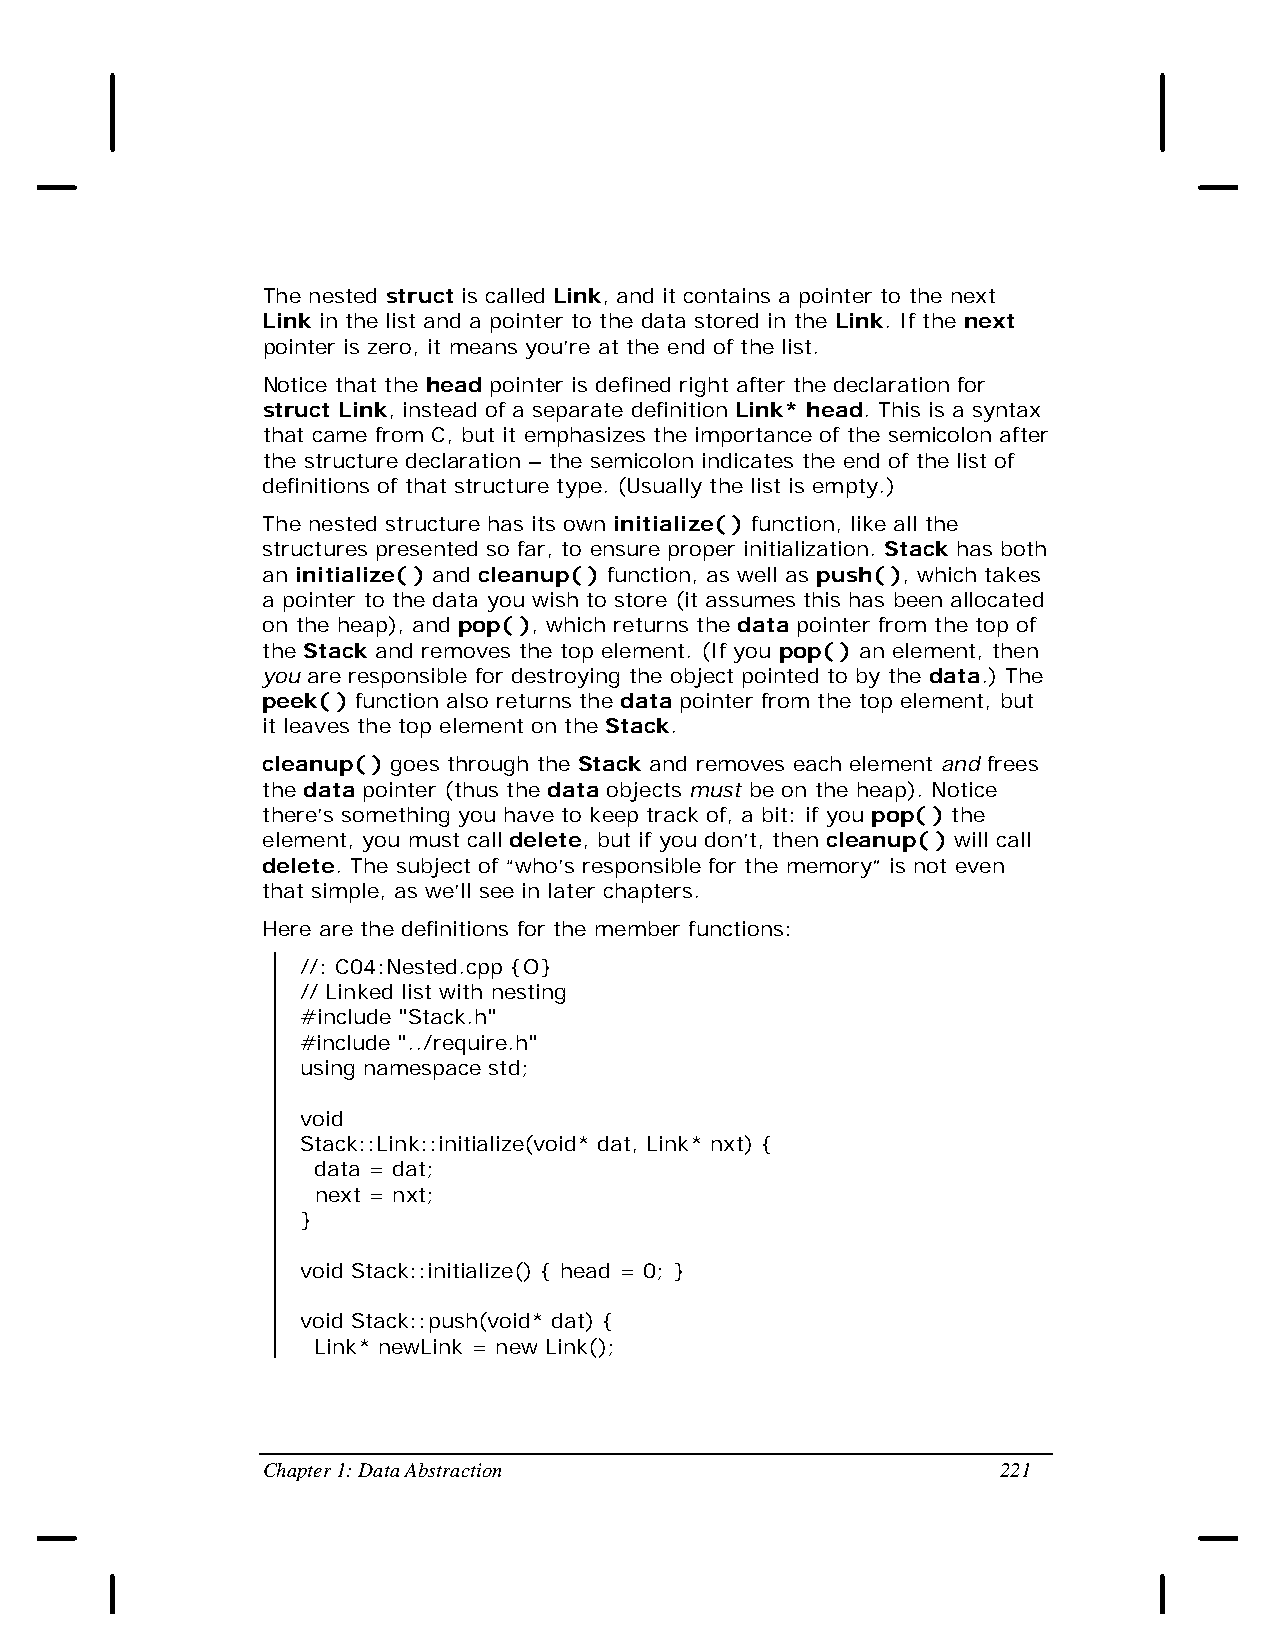
The nested struct is called Link, and it contains a pointer to the next
 Link in the list and a pointer to the data stored in the Link. If the next
 pointer is zero, it means you’re at the end of the list.
 Notice that the head pointer is defined right after the declaration for
 struct Link, instead of a separate definition Link* head. This is a syntax
 that came from C, but it emphasizes the importance of the semicolon after
 the structure declaration – the semicolon indicates the end of the list of
 definitions of that structure type. (Usually the list is empty.)
 The nested structure has its own initialize( ) function, like all the
 structures presented so far, to ensure proper initialization. Stack has both
 an initialize( ) and cleanup( ) function, as well as push( ), which takes
 a pointer to the data you wish to store (it assumes this has been allocated
 on the heap), and pop( ), which returns the data pointer from the top of
 the Stack and removes the top element. (If you pop( ) an element, then
 you are responsible for destroying the object pointed to by the data.) The
 peek( ) function also returns the data pointer from the top element, but
 it leaves the top element on the Stack.
 cleanup( ) goes through the Stack and removes each element and frees
 the data pointer (thus the data objects must be on the heap). Notice
 there’s something you have to keep track of, a bit: if you pop( ) the
 element, you must call delete, but if you don’t, then cleanup( ) will call
 delete. The subject of “who’s responsible for the memory” is not even
 that simple, as we’ll see in later chapters.
 Here are the definitions for the member functions:
 //: C04:Nested.cpp {O}
 // Linked list with nesting
 #include "Stack.h"
 #include "../require.h"
 using namespace std;
 void
 Stack::Link::initialize(void* dat, Link* nxt) {
 data = dat;
 next = nxt;
 }
 void Stack::initialize() { head = 0; }
 void Stack::push(void* dat) {
 Link* newLink = new Link();
 Chapter 1: Data Abstraction                      221